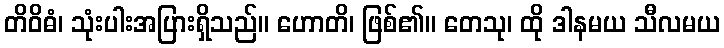
တိဝိဓံ၊ သုံးပါးအပြားရှိသည်။ ဟောတိ၊ ဖြစ်၏။ တေသု၊ ထို ဒါနမယ သီလမယ